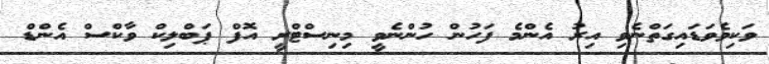
ވަކިވެވަޑައިގަތްނެވި އިރު އެންމެ ފަހުން ހުންނެވީ މިނިސްޓްރީ އޮފް ޕަބްލިކް ވާކްސް އެންޑް